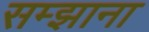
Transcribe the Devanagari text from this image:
सम्झाना